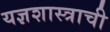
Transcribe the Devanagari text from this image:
यज्ञशास्त्राची